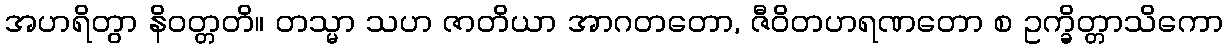
အဟရိတွာ နိဝတ္တတိ။ တသ္မာ သဟ ဇာတိယာ အာဂတတော, ဇီဝိတဟရဏတော စ ဥက္ခိတ္တာသိကော